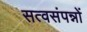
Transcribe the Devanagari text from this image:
सत्वसंपन्नों